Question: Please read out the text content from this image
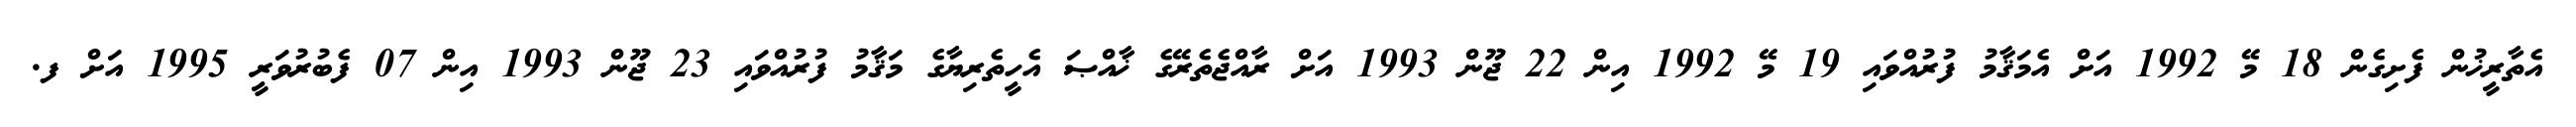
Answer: އެތާރީޚުން ފެށިގެން 18 މޭ 1992 އަށް އެމަޤާމު ފުރުއްވައި 19 މޭ 1992 އިން 22 ޖޫން 1993 އަށް ރާއްޖެތެރޭގެ ޚާއްޞަ އެހީތެރިޔާގެ މަޤާމު ފުރުއްވައި 23 ޖޫން 1993 އިން 07 ފެބުރުވަރީ 1995 އަށް ފ.